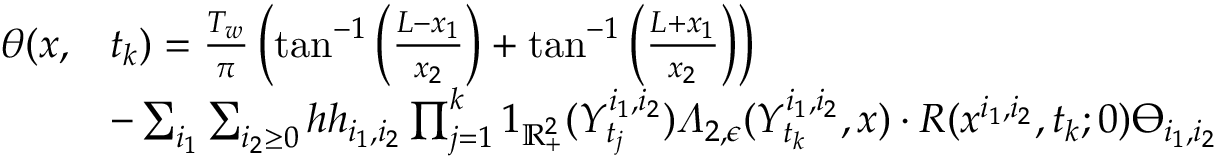
\begin{array} { r l } { \theta ( x , } & { t _ { k } ) = \frac { T _ { w } } { \pi } \left( \tan ^ { - 1 } \left( \frac { L - x _ { 1 } } { x _ { 2 } } \right) + \tan ^ { - 1 } \left( \frac { L + x _ { 1 } } { x _ { 2 } } \right) \right) } \\ & { - \sum _ { i _ { 1 } } \sum _ { i _ { 2 } \geq 0 } h h _ { i _ { 1 } , i _ { 2 } } \prod _ { j = 1 } ^ { k } 1 _ { \mathbb { R } _ { + } ^ { 2 } } ( Y _ { t _ { j } } ^ { i _ { 1 } , i _ { 2 } } ) \varLambda _ { 2 , \epsilon } ( Y _ { t _ { k } } ^ { i _ { 1 } , i _ { 2 } } , x ) \cdot R ( x ^ { i _ { 1 } , i _ { 2 } } , t _ { k } ; 0 ) \varTheta _ { i _ { 1 } , i _ { 2 } } } \end{array}